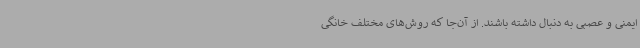
ایمنی و عصبی به دنبال داشته باشند. از آن‌جا که روش‌های مختلف خانگی